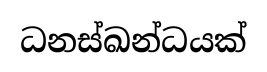
ධනස්ඛන්ධයක්